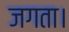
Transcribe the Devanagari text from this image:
जगता।